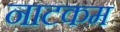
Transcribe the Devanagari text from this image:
नाटकम